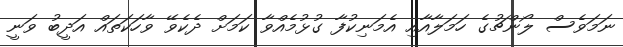
ނަމަވެސް ލޯންޗުގެ ހަމަލާއާއި އެމަނިކުފާ ގުޅުމެއްވާ ކަމަށް ދެކެވޭ ވާހަކަތައް އަދީބު ވަނީ